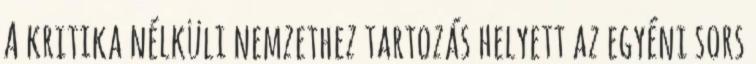
A kritika nélküli nemzethez tartozás helyett az egyéni sors